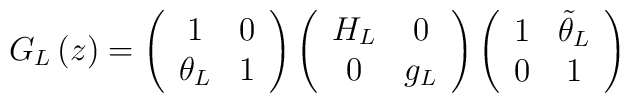
G_L\left( z\right) =\left( \begin{array}{cc}1 & 0 \\ \theta _L & 1\end{array}\right) \left( \begin{array}{cc}H_L & 0 \\ 0 & g_L\end{array}\right) \left( \begin{array}{cc}1 & \tilde{\theta}_L \\ 0 & 1\end{array}\right)